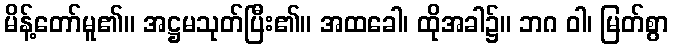
မိန့်တော်မူ၏။ အဋ္ဌမသုတ်ပြီး၏။ အထခေါ၊ ထိုအခါ၌။ ဘဂ ဝါ၊ မြတ်စွာ